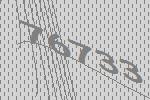
76733